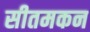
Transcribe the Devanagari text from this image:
सीतमकन